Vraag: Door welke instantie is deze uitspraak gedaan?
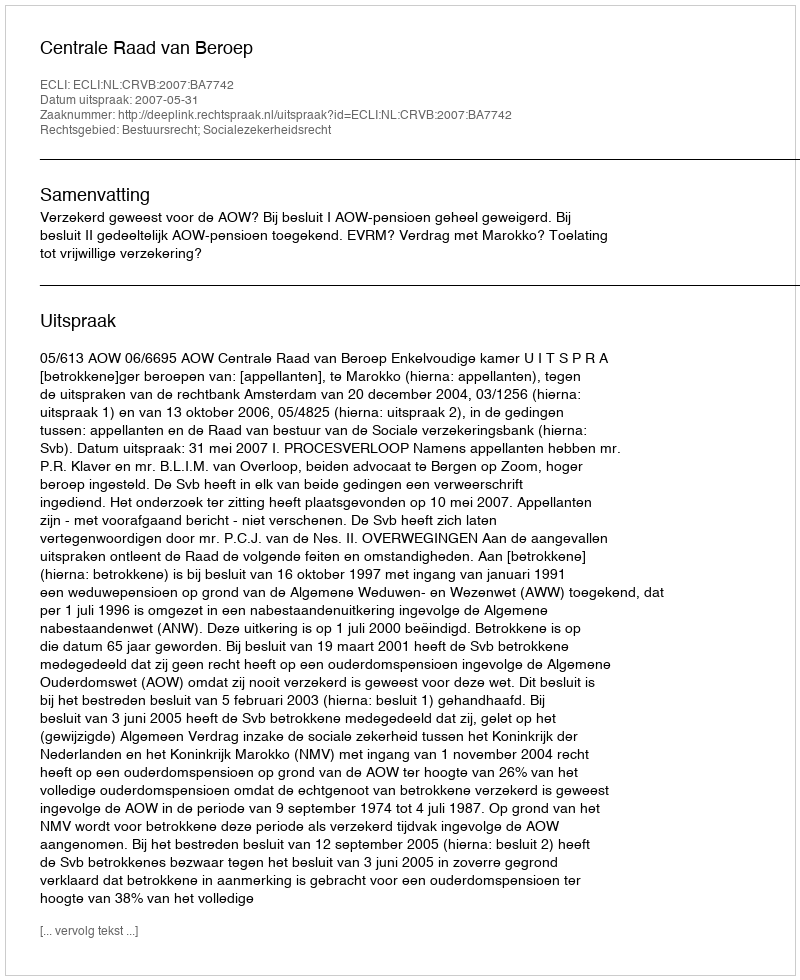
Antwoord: Centrale Raad van Beroep